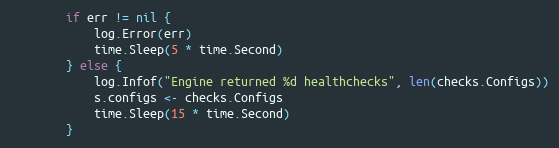
Language: Go
		if err != nil {
			log.Error(err)
			time.Sleep(5 * time.Second)
		} else {
			log.Infof("Engine returned %d healthchecks", len(checks.Configs))
			s.configs <- checks.Configs
			time.Sleep(15 * time.Second)
		}